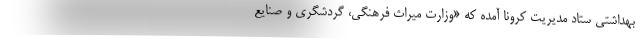
بهداشتی ستاد مدیریت کرونا آمده که «وزارت میراث فرهنگی، گردشگری و صنایع